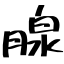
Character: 腺